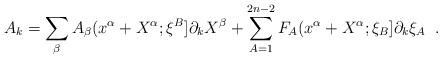
LaTeX: \begin{align*}A_{k}=\sum_{\beta}A_{\beta}(x^{\alpha}+X^{\alpha};\xi^{B}] \partial_{k}X^{\beta}+\sum_{A=1}^{2n-2}F_{A}(x^{\alpha}+X^{\alpha};\xi_{B}]\partial_{k}\xi_{A}\;\;.\end{align*}